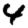
Digit: 4